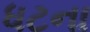
ધટના